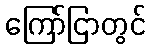
ကြော်ငြာတွင်